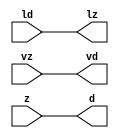
// ================================================================
// NVDLA Open Source Project
//
// Copyright(c) 2016 - 2017 NVIDIA Corporation. Licensed under the
// NVDLA Open Hardware License; Check "LICENSE" which comes with
// this distribution for more information.
// ================================================================
module UINT16_TO_FP17_mgc_in_wire_wait_v1 (ld, vd, d, lz, vz, z);
  parameter integer rscid = 1;
  parameter integer width = 8;
  input ld;
  output vd;
  output [width-1:0] d;
  output lz;
  input vz;
  input [width-1:0] z;
  wire vd;
  wire [width-1:0] d;
  wire lz;
  assign d = z;
  assign lz = ld;
  assign vd = vz;
endmodule
//------> /home/tools/calypto/catapult-10.0-264918/Mgc_home/pkgs/siflibs/UINT16_TO_FP17_mgc_out_stdreg_wait_v1.v
//------------------------------------------------------------------------------
// Catapult Synthesis - Sample I/O Port Library
//
// Copyright (c) 2003-2015 Mentor Graphics Corp.
// All Rights Reserved
//
// This document may be used and distributed without restriction provided that
// this copyright statement is not removed from the file and that any derivative
// work contains this copyright notice.
//
// The design information contained in this file is intended to be an example
// of the functionality which the end user may study in preparation for creating
// their own custom interfaces. This design does not necessarily present a
// complete implementation of the named protocol or standard.
//
//------------------------------------------------------------------------------
module UINT16_TO_FP17_mgc_out_stdreg_wait_v1 (ld, vd, d, lz, vz, z);
  parameter integer rscid = 1;
  parameter integer width = 8;
  input ld;
  output vd;
  input [width-1:0] d;
  output lz;
  input vz;
  output [width-1:0] z;
  wire vd;
  wire lz;
  wire [width-1:0] z;
  assign z = d;
  assign lz = ld;
  assign vd = vz;
endmodule
//------> /home/tools/calypto/catapult-10.0-264918/Mgc_home/pkgs/siflibs/mgc_shift_l_beh_v4.v
module UINT16_TO_FP17_mgc_shift_l_v4(a,s,z);
   parameter width_a = 4;
   parameter signd_a = 1;
   parameter width_s = 2;
   parameter width_z = 8;
   input [width_a-1:0] a;
   input [width_s-1:0] s;
   output [width_z -1:0] z;
   generate
   if (signd_a)
   begin: SIGNED
      assign z = fshl_u(a,s,a[width_a-1]);
   end
   else
   begin: UNSIGNED
      assign z = fshl_u(a,s,1'b0);
   end
   endgenerate
//Shift-left - unsigned shift argument one bit more
   function [width_z-1:0] fshl_u_1;
      input [width_a :0] arg1;
      input [width_s-1:0] arg2;
      input sbit;
      parameter olen = width_z;
      parameter ilen = width_a+1;
      parameter len = (ilen >= olen) ? ilen : olen;
      reg [len-1:0] result;
      reg [len-1:0] result_t;
      begin
        result_t = {(len){sbit}};
        result_t[ilen-1:0] = arg1;
        result = result_t <<< arg2;
        fshl_u_1 = result[olen-1:0];
      end
   endfunction // fshl_u
//Shift-left - unsigned shift argument
   function [width_z-1:0] fshl_u;
      input [width_a-1:0] arg1;
      input [width_s-1:0] arg2;
      input sbit;
      fshl_u = fshl_u_1({sbit,arg1} ,arg2, sbit);
   endfunction // fshl_u
endmodule
//------> ../td_ccore_solutions/leading_sign_16_0_584ce9c19228fa5400845cefe3e6770649bb_0/rtl.v
// ----------------------------------------------------------------------
// HLS HDL: Verilog Netlister
// HLS Version: 10.0/264918 Production Release
// HLS Date: Mon Aug 8 13:35:54 PDT 2016
//
// Generated by: ezhang@hk-sim-10-176
// Generated date: Wed Nov 23 14:25:06 2016
// ----------------------------------------------------------------------
//
// ------------------------------------------------------------------
// Design Unit: UINT16_TO_FP17_leading_sign_16_0
// ------------------------------------------------------------------
module UINT16_TO_FP17_leading_sign_16_0 (
  mantissa, rtn
);
  input [15:0] mantissa;
  output [4:0] rtn;
// Interconnect Declarations
  wire IntLeadZero_16U_leading_sign_16_0_rtn_wrs_c_6_2_sdt_2;
  wire IntLeadZero_16U_leading_sign_16_0_rtn_wrs_c_18_3_sdt_3;
  wire IntLeadZero_16U_leading_sign_16_0_rtn_wrs_c_26_2_sdt_2;
  wire IntLeadZero_16U_leading_sign_16_0_rtn_wrs_c_44_4_sdt_4;
  wire IntLeadZero_16U_leading_sign_16_0_rtn_wrs_c_6_2_sdt_1;
  wire IntLeadZero_16U_leading_sign_16_0_rtn_wrs_c_14_2_sdt_1;
  wire IntLeadZero_16U_leading_sign_16_0_rtn_wrs_c_26_2_sdt_1;
  wire IntLeadZero_16U_leading_sign_16_0_rtn_wrs_c_34_2_sdt_1;
  wire c_h_1_2;
  wire c_h_1_5;
  wire c_h_1_6;
  wire[3:0] IntLeadZero_16U_leading_sign_16_0_rtn_IntLeadZero_16U_leading_sign_16_0_rtn_and_nl;
  wire[0:0] IntLeadZero_16U_leading_sign_16_0_rtn_and_55_nl;
  wire[0:0] IntLeadZero_16U_leading_sign_16_0_rtn_and_53_nl;
  wire[0:0] IntLeadZero_16U_leading_sign_16_0_rtn_and_60_nl;
  wire[0:0] IntLeadZero_16U_leading_sign_16_0_rtn_not_nl;
// Interconnect Declarations for Component Instantiations
  assign IntLeadZero_16U_leading_sign_16_0_rtn_wrs_c_6_2_sdt_2 = ~((mantissa[13:12]!=2'b00));
  assign IntLeadZero_16U_leading_sign_16_0_rtn_wrs_c_6_2_sdt_1 = ~((mantissa[15:14]!=2'b00));
  assign IntLeadZero_16U_leading_sign_16_0_rtn_wrs_c_14_2_sdt_1 = ~((mantissa[11:10]!=2'b00));
  assign c_h_1_2 = IntLeadZero_16U_leading_sign_16_0_rtn_wrs_c_6_2_sdt_1 & IntLeadZero_16U_leading_sign_16_0_rtn_wrs_c_6_2_sdt_2;
  assign IntLeadZero_16U_leading_sign_16_0_rtn_wrs_c_18_3_sdt_3 = (mantissa[9:8]==2'b00)
      & IntLeadZero_16U_leading_sign_16_0_rtn_wrs_c_14_2_sdt_1;
  assign IntLeadZero_16U_leading_sign_16_0_rtn_wrs_c_26_2_sdt_2 = ~((mantissa[5:4]!=2'b00));
  assign IntLeadZero_16U_leading_sign_16_0_rtn_wrs_c_26_2_sdt_1 = ~((mantissa[7:6]!=2'b00));
  assign IntLeadZero_16U_leading_sign_16_0_rtn_wrs_c_34_2_sdt_1 = ~((mantissa[3:2]!=2'b00));
  assign c_h_1_5 = IntLeadZero_16U_leading_sign_16_0_rtn_wrs_c_26_2_sdt_1 & IntLeadZero_16U_leading_sign_16_0_rtn_wrs_c_26_2_sdt_2;
  assign c_h_1_6 = c_h_1_2 & IntLeadZero_16U_leading_sign_16_0_rtn_wrs_c_18_3_sdt_3;
  assign IntLeadZero_16U_leading_sign_16_0_rtn_wrs_c_44_4_sdt_4 = (mantissa[1:0]==2'b00)
      & IntLeadZero_16U_leading_sign_16_0_rtn_wrs_c_34_2_sdt_1 & c_h_1_5 & c_h_1_6;
  assign IntLeadZero_16U_leading_sign_16_0_rtn_and_55_nl = c_h_1_2 & (c_h_1_5 | (~
      IntLeadZero_16U_leading_sign_16_0_rtn_wrs_c_18_3_sdt_3));
  assign IntLeadZero_16U_leading_sign_16_0_rtn_and_53_nl = IntLeadZero_16U_leading_sign_16_0_rtn_wrs_c_6_2_sdt_1
      & (IntLeadZero_16U_leading_sign_16_0_rtn_wrs_c_14_2_sdt_1 | (~ IntLeadZero_16U_leading_sign_16_0_rtn_wrs_c_6_2_sdt_2))
      & (~((~(IntLeadZero_16U_leading_sign_16_0_rtn_wrs_c_26_2_sdt_1 & (IntLeadZero_16U_leading_sign_16_0_rtn_wrs_c_34_2_sdt_1
      | (~ IntLeadZero_16U_leading_sign_16_0_rtn_wrs_c_26_2_sdt_2)))) & c_h_1_6));
  assign IntLeadZero_16U_leading_sign_16_0_rtn_and_60_nl = (~((mantissa[15]) | (~((mantissa[14:13]!=2'b01)))))
      & (~(((mantissa[11]) | (~((mantissa[10:9]!=2'b01)))) & c_h_1_2)) & (~((~((~((mantissa[7])
      | (~((mantissa[6:5]!=2'b01))))) & (~(((mantissa[3]) | (~((mantissa[2:1]!=2'b01))))
      & c_h_1_5)))) & c_h_1_6));
  assign IntLeadZero_16U_leading_sign_16_0_rtn_not_nl = ~ IntLeadZero_16U_leading_sign_16_0_rtn_wrs_c_44_4_sdt_4;
  assign IntLeadZero_16U_leading_sign_16_0_rtn_IntLeadZero_16U_leading_sign_16_0_rtn_and_nl
      = MUX_v_4_2_2(4'b0000, ({c_h_1_6 , (IntLeadZero_16U_leading_sign_16_0_rtn_and_55_nl)
      , (IntLeadZero_16U_leading_sign_16_0_rtn_and_53_nl) , (IntLeadZero_16U_leading_sign_16_0_rtn_and_60_nl)}),
      (IntLeadZero_16U_leading_sign_16_0_rtn_not_nl));
  assign rtn = {IntLeadZero_16U_leading_sign_16_0_rtn_wrs_c_44_4_sdt_4 , (IntLeadZero_16U_leading_sign_16_0_rtn_IntLeadZero_16U_leading_sign_16_0_rtn_and_nl)};
  function [3:0] MUX_v_4_2_2;
    input [3:0] input_0;
    input [3:0] input_1;
    input [0:0] sel;
    reg [3:0] result;
  begin
    case (sel)
      1'b0 : begin
        result = input_0;
      end
      default : begin
        result = input_1;
      end
    endcase
    MUX_v_4_2_2 = result;
  end
  endfunction
endmodule
//------> ./rtl.v
// ----------------------------------------------------------------------
// HLS HDL: Verilog Netlister
// HLS Version: 10.0/264918 Production Release
// HLS Date: Mon Aug 8 13:35:54 PDT 2016
//
// Generated by: ezhang@hk-sim-11-173
// Generated date: Mon Jun 12 22:24:10 2017
// ----------------------------------------------------------------------
//
// ------------------------------------------------------------------
// Design Unit: UINT16_TO_FP17_chn_o_rsci_unreg
// ------------------------------------------------------------------
module UINT16_TO_FP17_chn_o_rsci_unreg (
  in_0, outsig
);
  input in_0;
  output outsig;
// Interconnect Declarations for Component Instantiations
  assign outsig = in_0;
endmodule
// ------------------------------------------------------------------
// Design Unit: UINT16_TO_FP17_chn_a_rsci_unreg
// ------------------------------------------------------------------
module UINT16_TO_FP17_chn_a_rsci_unreg (
  in_0, outsig
);
  input in_0;
  output outsig;
// Interconnect Declarations for Component Instantiations
  assign outsig = in_0;
endmodule
// ------------------------------------------------------------------
// Design Unit: HLS_uint16_to_fp17_core_core_fsm
// FSM Module
// ------------------------------------------------------------------
module HLS_uint16_to_fp17_core_core_fsm (
  nvdla_core_clk, nvdla_core_rstn, core_wen, fsm_output
);
  input nvdla_core_clk;
  input nvdla_core_rstn;
  input core_wen;
  output [1:0] fsm_output;
  reg [1:0] fsm_output;
// FSM State Type Declaration for HLS_uint16_to_fp17_core_core_fsm_1
  parameter
    core_rlp_C_0 = 1'd0,
    main_C_0 = 1'd1;
  reg [0:0] state_var;
  reg [0:0] state_var_NS;
// Interconnect Declarations for Component Instantiations
  always @(*)
  begin : HLS_uint16_to_fp17_core_core_fsm_1
    case (state_var)
      main_C_0 : begin
        fsm_output = 2'b10;
        state_var_NS = main_C_0;
      end
// core_rlp_C_0
      default : begin
        fsm_output = 2'b1;
        state_var_NS = main_C_0;
      end
    endcase
  end
  always @(posedge nvdla_core_clk or negedge nvdla_core_rstn) begin
    if ( ~ nvdla_core_rstn ) begin
      state_var <= core_rlp_C_0;
    end
    else if ( core_wen ) begin
      state_var <= state_var_NS;
    end
  end
endmodule
// ------------------------------------------------------------------
// Design Unit: HLS_uint16_to_fp17_core_staller
// ------------------------------------------------------------------
module HLS_uint16_to_fp17_core_staller (
  nvdla_core_clk, nvdla_core_rstn, core_wen, chn_a_rsci_wen_comp, core_wten, chn_o_rsci_wen_comp
);
  input nvdla_core_clk;
  input nvdla_core_rstn;
  output core_wen;
  input chn_a_rsci_wen_comp;
  output core_wten;
  reg core_wten;
  input chn_o_rsci_wen_comp;
// Interconnect Declarations for Component Instantiations
  assign core_wen = chn_a_rsci_wen_comp & chn_o_rsci_wen_comp;
  always @(posedge nvdla_core_clk or negedge nvdla_core_rstn) begin
    if ( ~ nvdla_core_rstn ) begin
      core_wten <= 1'b0;
    end
    else begin
      core_wten <= ~ core_wen;
    end
  end
endmodule
// ------------------------------------------------------------------
// Design Unit: HLS_uint16_to_fp17_core_chn_o_rsci_chn_o_wait_dp
// ------------------------------------------------------------------
module HLS_uint16_to_fp17_core_chn_o_rsci_chn_o_wait_dp (
  nvdla_core_clk, nvdla_core_rstn, chn_o_rsci_oswt, chn_o_rsci_bawt, chn_o_rsci_wen_comp,
      chn_o_rsci_biwt, chn_o_rsci_bdwt
);
  input nvdla_core_clk;
  input nvdla_core_rstn;
  input chn_o_rsci_oswt;
  output chn_o_rsci_bawt;
  output chn_o_rsci_wen_comp;
  input chn_o_rsci_biwt;
  input chn_o_rsci_bdwt;
// Interconnect Declarations
  reg chn_o_rsci_bcwt;
// Interconnect Declarations for Component Instantiations
  assign chn_o_rsci_bawt = chn_o_rsci_biwt | chn_o_rsci_bcwt;
  assign chn_o_rsci_wen_comp = (~ chn_o_rsci_oswt) | chn_o_rsci_bawt;
  always @(posedge nvdla_core_clk or negedge nvdla_core_rstn) begin
    if ( ~ nvdla_core_rstn ) begin
      chn_o_rsci_bcwt <= 1'b0;
    end
    else begin
      chn_o_rsci_bcwt <= ~((~(chn_o_rsci_bcwt | chn_o_rsci_biwt)) | chn_o_rsci_bdwt);
    end
  end
endmodule
// ------------------------------------------------------------------
// Design Unit: HLS_uint16_to_fp17_core_chn_o_rsci_chn_o_wait_ctrl
// ------------------------------------------------------------------
module HLS_uint16_to_fp17_core_chn_o_rsci_chn_o_wait_ctrl (
  nvdla_core_clk, nvdla_core_rstn, chn_o_rsci_oswt, core_wen, core_wten, chn_o_rsci_iswt0,
      chn_o_rsci_ld_core_psct, chn_o_rsci_biwt, chn_o_rsci_bdwt, chn_o_rsci_ld_core_sct,
      chn_o_rsci_vd
);
  input nvdla_core_clk;
  input nvdla_core_rstn;
  input chn_o_rsci_oswt;
  input core_wen;
  input core_wten;
  input chn_o_rsci_iswt0;
  input chn_o_rsci_ld_core_psct;
  output chn_o_rsci_biwt;
  output chn_o_rsci_bdwt;
  output chn_o_rsci_ld_core_sct;
  input chn_o_rsci_vd;
// Interconnect Declarations
  wire chn_o_rsci_ogwt;
  wire chn_o_rsci_pdswt0;
  reg chn_o_rsci_icwt;
// Interconnect Declarations for Component Instantiations
  assign chn_o_rsci_pdswt0 = (~ core_wten) & chn_o_rsci_iswt0;
  assign chn_o_rsci_biwt = chn_o_rsci_ogwt & chn_o_rsci_vd;
  assign chn_o_rsci_ogwt = chn_o_rsci_pdswt0 | chn_o_rsci_icwt;
  assign chn_o_rsci_bdwt = chn_o_rsci_oswt & core_wen;
  assign chn_o_rsci_ld_core_sct = chn_o_rsci_ld_core_psct & chn_o_rsci_ogwt;
  always @(posedge nvdla_core_clk or negedge nvdla_core_rstn) begin
    if ( ~ nvdla_core_rstn ) begin
      chn_o_rsci_icwt <= 1'b0;
    end
    else begin
      chn_o_rsci_icwt <= ~((~(chn_o_rsci_icwt | chn_o_rsci_pdswt0)) | chn_o_rsci_biwt);
    end
  end
endmodule
// ------------------------------------------------------------------
// Design Unit: HLS_uint16_to_fp17_core_chn_a_rsci_chn_a_wait_dp
// ------------------------------------------------------------------
module HLS_uint16_to_fp17_core_chn_a_rsci_chn_a_wait_dp (
  nvdla_core_clk, nvdla_core_rstn, chn_a_rsci_oswt, chn_a_rsci_bawt, chn_a_rsci_wen_comp,
      chn_a_rsci_d_mxwt, chn_a_rsci_biwt, chn_a_rsci_bdwt, chn_a_rsci_d
);
  input nvdla_core_clk;
  input nvdla_core_rstn;
  input chn_a_rsci_oswt;
  output chn_a_rsci_bawt;
  output chn_a_rsci_wen_comp;
  output [15:0] chn_a_rsci_d_mxwt;
  input chn_a_rsci_biwt;
  input chn_a_rsci_bdwt;
  input [15:0] chn_a_rsci_d;
// Interconnect Declarations
  reg chn_a_rsci_bcwt;
  reg [15:0] chn_a_rsci_d_bfwt;
// Interconnect Declarations for Component Instantiations
  assign chn_a_rsci_bawt = chn_a_rsci_biwt | chn_a_rsci_bcwt;
  assign chn_a_rsci_wen_comp = (~ chn_a_rsci_oswt) | chn_a_rsci_bawt;
  assign chn_a_rsci_d_mxwt = MUX_v_16_2_2(chn_a_rsci_d, chn_a_rsci_d_bfwt, chn_a_rsci_bcwt);
  always @(posedge nvdla_core_clk or negedge nvdla_core_rstn) begin
    if ( ~ nvdla_core_rstn ) begin
      chn_a_rsci_bcwt <= 1'b0;
      chn_a_rsci_d_bfwt <= 16'b0;
    end
    else begin
      chn_a_rsci_bcwt <= ~((~(chn_a_rsci_bcwt | chn_a_rsci_biwt)) | chn_a_rsci_bdwt);
      chn_a_rsci_d_bfwt <= chn_a_rsci_d_mxwt;
    end
  end
  function [15:0] MUX_v_16_2_2;
    input [15:0] input_0;
    input [15:0] input_1;
    input [0:0] sel;
    reg [15:0] result;
  begin
    case (sel)
      1'b0 : begin
        result = input_0;
      end
      default : begin
        result = input_1;
      end
    endcase
    MUX_v_16_2_2 = result;
  end
  endfunction
endmodule
// ------------------------------------------------------------------
// Design Unit: HLS_uint16_to_fp17_core_chn_a_rsci_chn_a_wait_ctrl
// ------------------------------------------------------------------
module HLS_uint16_to_fp17_core_chn_a_rsci_chn_a_wait_ctrl (
  nvdla_core_clk, nvdla_core_rstn, chn_a_rsci_oswt, core_wen, chn_a_rsci_iswt0, chn_a_rsci_ld_core_psct,
      core_wten, chn_a_rsci_biwt, chn_a_rsci_bdwt, chn_a_rsci_ld_core_sct, chn_a_rsci_vd
);
  input nvdla_core_clk;
  input nvdla_core_rstn;
  input chn_a_rsci_oswt;
  input core_wen;
  input chn_a_rsci_iswt0;
  input chn_a_rsci_ld_core_psct;
  input core_wten;
  output chn_a_rsci_biwt;
  output chn_a_rsci_bdwt;
  output chn_a_rsci_ld_core_sct;
  input chn_a_rsci_vd;
// Interconnect Declarations
  wire chn_a_rsci_ogwt;
  wire chn_a_rsci_pdswt0;
  reg chn_a_rsci_icwt;
// Interconnect Declarations for Component Instantiations
  assign chn_a_rsci_pdswt0 = (~ core_wten) & chn_a_rsci_iswt0;
  assign chn_a_rsci_biwt = chn_a_rsci_ogwt & chn_a_rsci_vd;
  assign chn_a_rsci_ogwt = chn_a_rsci_pdswt0 | chn_a_rsci_icwt;
  assign chn_a_rsci_bdwt = chn_a_rsci_oswt & core_wen;
  assign chn_a_rsci_ld_core_sct = chn_a_rsci_ld_core_psct & chn_a_rsci_ogwt;
  always @(posedge nvdla_core_clk or negedge nvdla_core_rstn) begin
    if ( ~ nvdla_core_rstn ) begin
      chn_a_rsci_icwt <= 1'b0;
    end
    else begin
      chn_a_rsci_icwt <= ~((~(chn_a_rsci_icwt | chn_a_rsci_pdswt0)) | chn_a_rsci_biwt);
    end
  end
endmodule
// ------------------------------------------------------------------
// Design Unit: HLS_uint16_to_fp17_core_chn_o_rsci
// ------------------------------------------------------------------
module HLS_uint16_to_fp17_core_chn_o_rsci (
  nvdla_core_clk, nvdla_core_rstn, chn_o_rsc_z, chn_o_rsc_vz, chn_o_rsc_lz, chn_o_rsci_oswt,
      core_wen, core_wten, chn_o_rsci_iswt0, chn_o_rsci_bawt, chn_o_rsci_wen_comp,
      chn_o_rsci_ld_core_psct, chn_o_rsci_d
);
  input nvdla_core_clk;
  input nvdla_core_rstn;
  output [16:0] chn_o_rsc_z;
  input chn_o_rsc_vz;
  output chn_o_rsc_lz;
  input chn_o_rsci_oswt;
  input core_wen;
  input core_wten;
  input chn_o_rsci_iswt0;
  output chn_o_rsci_bawt;
  output chn_o_rsci_wen_comp;
  input chn_o_rsci_ld_core_psct;
  input [16:0] chn_o_rsci_d;
// Interconnect Declarations
  wire chn_o_rsci_biwt;
  wire chn_o_rsci_bdwt;
  wire chn_o_rsci_ld_core_sct;
  wire chn_o_rsci_vd;
// Interconnect Declarations for Component Instantiations
  wire [16:0] nl_chn_o_rsci_d;
  assign nl_chn_o_rsci_d = {2'b0 , (chn_o_rsci_d[14:0])};
  UINT16_TO_FP17_mgc_out_stdreg_wait_v1 #(.rscid(32'sd2),
  .width(32'sd17)) chn_o_rsci (
      .ld(chn_o_rsci_ld_core_sct),
      .vd(chn_o_rsci_vd),
      .d(nl_chn_o_rsci_d[16:0]),
      .lz(chn_o_rsc_lz),
      .vz(chn_o_rsc_vz),
      .z(chn_o_rsc_z)
    );
  HLS_uint16_to_fp17_core_chn_o_rsci_chn_o_wait_ctrl HLS_uint16_to_fp17_core_chn_o_rsci_chn_o_wait_ctrl_inst
      (
      .nvdla_core_clk(nvdla_core_clk),
      .nvdla_core_rstn(nvdla_core_rstn),
      .chn_o_rsci_oswt(chn_o_rsci_oswt),
      .core_wen(core_wen),
      .core_wten(core_wten),
      .chn_o_rsci_iswt0(chn_o_rsci_iswt0),
      .chn_o_rsci_ld_core_psct(chn_o_rsci_ld_core_psct),
      .chn_o_rsci_biwt(chn_o_rsci_biwt),
      .chn_o_rsci_bdwt(chn_o_rsci_bdwt),
      .chn_o_rsci_ld_core_sct(chn_o_rsci_ld_core_sct),
      .chn_o_rsci_vd(chn_o_rsci_vd)
    );
  HLS_uint16_to_fp17_core_chn_o_rsci_chn_o_wait_dp HLS_uint16_to_fp17_core_chn_o_rsci_chn_o_wait_dp_inst
      (
      .nvdla_core_clk(nvdla_core_clk),
      .nvdla_core_rstn(nvdla_core_rstn),
      .chn_o_rsci_oswt(chn_o_rsci_oswt),
      .chn_o_rsci_bawt(chn_o_rsci_bawt),
      .chn_o_rsci_wen_comp(chn_o_rsci_wen_comp),
      .chn_o_rsci_biwt(chn_o_rsci_biwt),
      .chn_o_rsci_bdwt(chn_o_rsci_bdwt)
    );
endmodule
// ------------------------------------------------------------------
// Design Unit: HLS_uint16_to_fp17_core_chn_a_rsci
// ------------------------------------------------------------------
module HLS_uint16_to_fp17_core_chn_a_rsci (
  nvdla_core_clk, nvdla_core_rstn, chn_a_rsc_z, chn_a_rsc_vz, chn_a_rsc_lz, chn_a_rsci_oswt,
      core_wen, chn_a_rsci_iswt0, chn_a_rsci_bawt, chn_a_rsci_wen_comp, chn_a_rsci_ld_core_psct,
      chn_a_rsci_d_mxwt, core_wten
);
  input nvdla_core_clk;
  input nvdla_core_rstn;
  input [15:0] chn_a_rsc_z;
  input chn_a_rsc_vz;
  output chn_a_rsc_lz;
  input chn_a_rsci_oswt;
  input core_wen;
  input chn_a_rsci_iswt0;
  output chn_a_rsci_bawt;
  output chn_a_rsci_wen_comp;
  input chn_a_rsci_ld_core_psct;
  output [15:0] chn_a_rsci_d_mxwt;
  input core_wten;
// Interconnect Declarations
  wire chn_a_rsci_biwt;
  wire chn_a_rsci_bdwt;
  wire chn_a_rsci_ld_core_sct;
  wire chn_a_rsci_vd;
  wire [15:0] chn_a_rsci_d;
// Interconnect Declarations for Component Instantiations
  UINT16_TO_FP17_mgc_in_wire_wait_v1 #(.rscid(32'sd1),
  .width(32'sd16)) chn_a_rsci (
      .ld(chn_a_rsci_ld_core_sct),
      .vd(chn_a_rsci_vd),
      .d(chn_a_rsci_d),
      .lz(chn_a_rsc_lz),
      .vz(chn_a_rsc_vz),
      .z(chn_a_rsc_z)
    );
  HLS_uint16_to_fp17_core_chn_a_rsci_chn_a_wait_ctrl HLS_uint16_to_fp17_core_chn_a_rsci_chn_a_wait_ctrl_inst
      (
      .nvdla_core_clk(nvdla_core_clk),
      .nvdla_core_rstn(nvdla_core_rstn),
      .chn_a_rsci_oswt(chn_a_rsci_oswt),
      .core_wen(core_wen),
      .chn_a_rsci_iswt0(chn_a_rsci_iswt0),
      .chn_a_rsci_ld_core_psct(chn_a_rsci_ld_core_psct),
      .core_wten(core_wten),
      .chn_a_rsci_biwt(chn_a_rsci_biwt),
      .chn_a_rsci_bdwt(chn_a_rsci_bdwt),
      .chn_a_rsci_ld_core_sct(chn_a_rsci_ld_core_sct),
      .chn_a_rsci_vd(chn_a_rsci_vd)
    );
  HLS_uint16_to_fp17_core_chn_a_rsci_chn_a_wait_dp HLS_uint16_to_fp17_core_chn_a_rsci_chn_a_wait_dp_inst
      (
      .nvdla_core_clk(nvdla_core_clk),
      .nvdla_core_rstn(nvdla_core_rstn),
      .chn_a_rsci_oswt(chn_a_rsci_oswt),
      .chn_a_rsci_bawt(chn_a_rsci_bawt),
      .chn_a_rsci_wen_comp(chn_a_rsci_wen_comp),
      .chn_a_rsci_d_mxwt(chn_a_rsci_d_mxwt),
      .chn_a_rsci_biwt(chn_a_rsci_biwt),
      .chn_a_rsci_bdwt(chn_a_rsci_bdwt),
      .chn_a_rsci_d(chn_a_rsci_d)
    );
endmodule
// ------------------------------------------------------------------
// Design Unit: HLS_uint16_to_fp17_core
// ------------------------------------------------------------------
module HLS_uint16_to_fp17_core (
  nvdla_core_clk, nvdla_core_rstn, chn_a_rsc_z, chn_a_rsc_vz, chn_a_rsc_lz, chn_o_rsc_z,
      chn_o_rsc_vz, chn_o_rsc_lz, chn_a_rsci_oswt, chn_a_rsci_oswt_unreg, chn_o_rsci_oswt,
      chn_o_rsci_oswt_unreg
);
  input nvdla_core_clk;
  input nvdla_core_rstn;
  input [15:0] chn_a_rsc_z;
  input chn_a_rsc_vz;
  output chn_a_rsc_lz;
  output [16:0] chn_o_rsc_z;
  input chn_o_rsc_vz;
  output chn_o_rsc_lz;
  input chn_a_rsci_oswt;
  output chn_a_rsci_oswt_unreg;
  input chn_o_rsci_oswt;
  output chn_o_rsci_oswt_unreg;
// Interconnect Declarations
  wire core_wen;
  reg chn_a_rsci_iswt0;
  wire chn_a_rsci_bawt;
  wire chn_a_rsci_wen_comp;
  reg chn_a_rsci_ld_core_psct;
  wire [15:0] chn_a_rsci_d_mxwt;
  wire core_wten;
  wire chn_o_rsci_bawt;
  wire chn_o_rsci_wen_comp;
  reg [4:0] chn_o_rsci_d_14_10;
  reg [9:0] chn_o_rsci_d_9_0;
  wire [1:0] fsm_output;
  wire and_dcpl_2;
  wire or_dcpl_1;
  wire and_dcpl_7;
  wire and_dcpl_22;
  wire or_tmp_7;
  reg FpMantRNE_17U_11U_else_and_svs;
  wire and_4_mdf;
  wire FpMantRNE_17U_11U_else_and_svs_mx1;
  wire FpFractionToFloat_16U_6U_10U_unequal_tmp;
  wire FpMantRNE_17U_11U_else_carry_sva;
  wire [16:0] FpMantRNE_17U_11U_i_data_sva;
  reg reg_chn_o_rsci_iswt0_cse;
  reg reg_chn_o_rsci_ld_core_psct_cse;
  wire or_cse;
  wire [10:0] FpMantRNE_17U_11U_else_ac_int_cctor_sva;
  wire [11:0] nl_FpMantRNE_17U_11U_else_ac_int_cctor_sva;
  wire nand_tmp;
  wire mux_tmp;
  wire chn_a_rsci_ld_core_psct_mx0c0;
  wire FpMantRNE_17U_11U_else_and_svs_mx0w0;
  wire FpFractionToFloat_16U_6U_10U_is_zero_lpi_1_dfm_1;
  wire [4:0] libraries_leading_sign_16_0_584ce9c19228fa5400845cefe3e6770649bb_1;
  wire FpFractionToFloat_16U_6U_10U_if_else_if_acc_itm_5_1;
  wire FpFractionToFloat_16U_6U_10U_if_else_else_if_acc_itm_4_1;
  wire[0:0] nor_9_nl;
  wire[0:0] nand_8_nl;
  wire[9:0] mux_4_nl;
  wire[0:0] and_53_nl;
  wire[4:0] and_nl;
  wire[4:0] mux_3_nl;
  wire[4:0] FpFractionToFloat_16U_6U_10U_nor_1_nl;
  wire[4:0] FpFractionToFloat_16U_6U_10U_if_else_else_else_acc_nl;
  wire[5:0] nl_FpFractionToFloat_16U_6U_10U_if_else_else_else_acc_nl;
  wire[0:0] FpFractionToFloat_16U_6U_10U_if_else_else_not_2_nl;
  wire[0:0] and_52_nl;
  wire[0:0] not_41_nl;
  wire[5:0] FpFractionToFloat_16U_6U_10U_if_else_if_acc_nl;
  wire[6:0] nl_FpFractionToFloat_16U_6U_10U_if_else_if_acc_nl;
  wire[4:0] FpFractionToFloat_16U_6U_10U_if_else_else_if_acc_nl;
  wire[5:0] nl_FpFractionToFloat_16U_6U_10U_if_else_else_if_acc_nl;
  wire[0:0] FpFractionToFloat_16U_6U_10U_if_else_mux_1_nl;
// Interconnect Declarations for Component Instantiations
  wire [6:0] nl_FpFractionToFloat_16U_6U_10U_if_shifted_frac_p1_lshift_rg_s;
  assign nl_FpFractionToFloat_16U_6U_10U_if_shifted_frac_p1_lshift_rg_s = conv_u2u_5_6(libraries_leading_sign_16_0_584ce9c19228fa5400845cefe3e6770649bb_1)
      + 6'b1;
  wire [16:0] nl_HLS_uint16_to_fp17_core_chn_o_rsci_inst_chn_o_rsci_d;
  assign nl_HLS_uint16_to_fp17_core_chn_o_rsci_inst_chn_o_rsci_d = {2'b0 , chn_o_rsci_d_14_10
      , chn_o_rsci_d_9_0};
  UINT16_TO_FP17_mgc_shift_l_v4 #(.width_a(32'sd16),
  .signd_a(32'sd0),
  .width_s(32'sd6),
  .width_z(32'sd17)) FpFractionToFloat_16U_6U_10U_if_shifted_frac_p1_lshift_rg (
      .a(chn_a_rsci_d_mxwt),
      .s(nl_FpFractionToFloat_16U_6U_10U_if_shifted_frac_p1_lshift_rg_s[5:0]),
      .z(FpMantRNE_17U_11U_i_data_sva)
    );
  UINT16_TO_FP17_leading_sign_16_0 leading_sign_16_0_rg (
      .mantissa(chn_a_rsci_d_mxwt),
      .rtn(libraries_leading_sign_16_0_584ce9c19228fa5400845cefe3e6770649bb_1)
    );
  HLS_uint16_to_fp17_core_chn_a_rsci HLS_uint16_to_fp17_core_chn_a_rsci_inst (
      .nvdla_core_clk(nvdla_core_clk),
      .nvdla_core_rstn(nvdla_core_rstn),
      .chn_a_rsc_z(chn_a_rsc_z),
      .chn_a_rsc_vz(chn_a_rsc_vz),
      .chn_a_rsc_lz(chn_a_rsc_lz),
      .chn_a_rsci_oswt(chn_a_rsci_oswt),
      .core_wen(core_wen),
      .chn_a_rsci_iswt0(chn_a_rsci_iswt0),
      .chn_a_rsci_bawt(chn_a_rsci_bawt),
      .chn_a_rsci_wen_comp(chn_a_rsci_wen_comp),
      .chn_a_rsci_ld_core_psct(chn_a_rsci_ld_core_psct),
      .chn_a_rsci_d_mxwt(chn_a_rsci_d_mxwt),
      .core_wten(core_wten)
    );
  HLS_uint16_to_fp17_core_chn_o_rsci HLS_uint16_to_fp17_core_chn_o_rsci_inst (
      .nvdla_core_clk(nvdla_core_clk),
      .nvdla_core_rstn(nvdla_core_rstn),
      .chn_o_rsc_z(chn_o_rsc_z),
      .chn_o_rsc_vz(chn_o_rsc_vz),
      .chn_o_rsc_lz(chn_o_rsc_lz),
      .chn_o_rsci_oswt(chn_o_rsci_oswt),
      .core_wen(core_wen),
      .core_wten(core_wten),
      .chn_o_rsci_iswt0(reg_chn_o_rsci_iswt0_cse),
      .chn_o_rsci_bawt(chn_o_rsci_bawt),
      .chn_o_rsci_wen_comp(chn_o_rsci_wen_comp),
      .chn_o_rsci_ld_core_psct(reg_chn_o_rsci_ld_core_psct_cse),
      .chn_o_rsci_d(nl_HLS_uint16_to_fp17_core_chn_o_rsci_inst_chn_o_rsci_d[16:0])
    );
  HLS_uint16_to_fp17_core_staller HLS_uint16_to_fp17_core_staller_inst (
      .nvdla_core_clk(nvdla_core_clk),
      .nvdla_core_rstn(nvdla_core_rstn),
      .core_wen(core_wen),
      .chn_a_rsci_wen_comp(chn_a_rsci_wen_comp),
      .core_wten(core_wten),
      .chn_o_rsci_wen_comp(chn_o_rsci_wen_comp)
    );
  HLS_uint16_to_fp17_core_core_fsm HLS_uint16_to_fp17_core_core_fsm_inst (
      .nvdla_core_clk(nvdla_core_clk),
      .nvdla_core_rstn(nvdla_core_rstn),
      .core_wen(core_wen),
      .fsm_output(fsm_output)
    );
  assign nor_9_nl = ~(FpFractionToFloat_16U_6U_10U_if_else_if_acc_itm_5_1 | (~ FpMantRNE_17U_11U_else_and_svs_mx1));
  assign nand_8_nl = ~(FpFractionToFloat_16U_6U_10U_if_else_if_acc_itm_5_1 & FpMantRNE_17U_11U_else_and_svs_mx1);
  assign mux_tmp = MUX_s_1_2_2((nand_8_nl), (nor_9_nl), FpFractionToFloat_16U_6U_10U_if_else_else_if_acc_itm_4_1);
  assign nand_tmp = ~((~(FpMantRNE_17U_11U_else_and_svs_mx1 & (~ FpFractionToFloat_16U_6U_10U_if_else_if_acc_itm_5_1)))
      & FpFractionToFloat_16U_6U_10U_unequal_tmp);
  assign FpMantRNE_17U_11U_else_and_svs_mx0w0 = FpMantRNE_17U_11U_else_carry_sva
      & (FpMantRNE_17U_11U_i_data_sva[16:6]==11'b11111111111);
  assign FpMantRNE_17U_11U_else_and_svs_mx1 = MUX_s_1_2_2(FpMantRNE_17U_11U_else_and_svs_mx0w0,
      FpMantRNE_17U_11U_else_and_svs, and_dcpl_22);
  assign nl_FpFractionToFloat_16U_6U_10U_if_else_if_acc_nl = ({1'b1 , libraries_leading_sign_16_0_584ce9c19228fa5400845cefe3e6770649bb_1})
      + 6'b1;
  assign FpFractionToFloat_16U_6U_10U_if_else_if_acc_nl = nl_FpFractionToFloat_16U_6U_10U_if_else_if_acc_nl[5:0];
  assign FpFractionToFloat_16U_6U_10U_if_else_if_acc_itm_5_1 = readslicef_6_1_5((FpFractionToFloat_16U_6U_10U_if_else_if_acc_nl));
  assign nl_FpFractionToFloat_16U_6U_10U_if_else_else_if_acc_nl = ({1'b1 , (libraries_leading_sign_16_0_584ce9c19228fa5400845cefe3e6770649bb_1[4:1])})
      + 5'b1;
  assign FpFractionToFloat_16U_6U_10U_if_else_else_if_acc_nl = nl_FpFractionToFloat_16U_6U_10U_if_else_else_if_acc_nl[4:0];
  assign FpFractionToFloat_16U_6U_10U_if_else_else_if_acc_itm_4_1 = readslicef_5_1_4((FpFractionToFloat_16U_6U_10U_if_else_else_if_acc_nl));
  assign nl_FpMantRNE_17U_11U_else_ac_int_cctor_sva = (FpMantRNE_17U_11U_i_data_sva[16:6])
      + conv_u2u_1_11(FpMantRNE_17U_11U_else_carry_sva);
  assign FpMantRNE_17U_11U_else_ac_int_cctor_sva = nl_FpMantRNE_17U_11U_else_ac_int_cctor_sva[10:0];
  assign FpMantRNE_17U_11U_else_carry_sva = (FpMantRNE_17U_11U_i_data_sva[5]) & ((FpMantRNE_17U_11U_i_data_sva[0])
      | (FpMantRNE_17U_11U_i_data_sva[1]) | (FpMantRNE_17U_11U_i_data_sva[2]) | (FpMantRNE_17U_11U_i_data_sva[3])
      | (FpMantRNE_17U_11U_i_data_sva[4]) | (FpMantRNE_17U_11U_i_data_sva[6]));
  assign FpFractionToFloat_16U_6U_10U_unequal_tmp = (chn_a_rsci_d_mxwt!=16'b0000000000000000);
  assign FpFractionToFloat_16U_6U_10U_if_else_mux_1_nl = MUX_s_1_2_2(FpFractionToFloat_16U_6U_10U_if_else_else_if_acc_itm_4_1,
      FpFractionToFloat_16U_6U_10U_if_else_if_acc_itm_5_1, FpMantRNE_17U_11U_else_and_svs_mx1);
  assign FpFractionToFloat_16U_6U_10U_is_zero_lpi_1_dfm_1 = ~((FpFractionToFloat_16U_6U_10U_if_else_mux_1_nl)
      & FpFractionToFloat_16U_6U_10U_unequal_tmp);
  assign or_cse = chn_o_rsci_bawt | (~ reg_chn_o_rsci_ld_core_psct_cse);
  assign and_4_mdf = chn_a_rsci_bawt & or_cse;
  assign and_dcpl_2 = chn_o_rsci_bawt & reg_chn_o_rsci_ld_core_psct_cse;
  assign or_dcpl_1 = ~((~((~ chn_o_rsci_bawt) & reg_chn_o_rsci_ld_core_psct_cse))
      & chn_a_rsci_bawt);
  assign and_dcpl_7 = and_dcpl_2 & (~ chn_a_rsci_bawt);
  assign and_dcpl_22 = (chn_a_rsci_d_mxwt==16'b0000000000000000);
  assign or_tmp_7 = or_cse & chn_a_rsci_bawt & (fsm_output[1]);
  assign chn_a_rsci_ld_core_psct_mx0c0 = and_4_mdf | (fsm_output[0]);
  assign chn_a_rsci_oswt_unreg = or_tmp_7;
  assign chn_o_rsci_oswt_unreg = and_dcpl_2;
  always @(posedge nvdla_core_clk or negedge nvdla_core_rstn) begin
    if ( ~ nvdla_core_rstn ) begin
      chn_a_rsci_iswt0 <= 1'b0;
      reg_chn_o_rsci_iswt0_cse <= 1'b0;
    end
    else if ( core_wen ) begin
      chn_a_rsci_iswt0 <= ~((~ and_4_mdf) & (fsm_output[1]));
      reg_chn_o_rsci_iswt0_cse <= or_tmp_7;
    end
  end
  always @(posedge nvdla_core_clk or negedge nvdla_core_rstn) begin
    if ( ~ nvdla_core_rstn ) begin
      chn_a_rsci_ld_core_psct <= 1'b0;
    end
    else if ( core_wen & chn_a_rsci_ld_core_psct_mx0c0 ) begin
      chn_a_rsci_ld_core_psct <= chn_a_rsci_ld_core_psct_mx0c0;
    end
  end
  always @(posedge nvdla_core_clk or negedge nvdla_core_rstn) begin
    if ( ~ nvdla_core_rstn ) begin
      chn_o_rsci_d_9_0 <= 10'b0;
    end
    else if ( core_wen & (~(or_dcpl_1 | ((~(chn_o_rsci_bawt & reg_chn_o_rsci_ld_core_psct_cse
        & chn_a_rsci_bawt)) & (fsm_output[0])))) ) begin
      chn_o_rsci_d_9_0 <= (mux_4_nl) & (signext_10_1(~ mux_tmp)) & ({{9{FpFractionToFloat_16U_6U_10U_unequal_tmp}},
          FpFractionToFloat_16U_6U_10U_unequal_tmp}) & (signext_10_1(~ FpFractionToFloat_16U_6U_10U_is_zero_lpi_1_dfm_1));
    end
  end
  always @(posedge nvdla_core_clk or negedge nvdla_core_rstn) begin
    if ( ~ nvdla_core_rstn ) begin
      chn_o_rsci_d_14_10 <= 5'b0;
    end
    else if ( core_wen & (~(or_dcpl_1 | (fsm_output[0]))) ) begin
      chn_o_rsci_d_14_10 <= ~(MUX_v_5_2_2((and_nl), 5'b11111, FpFractionToFloat_16U_6U_10U_is_zero_lpi_1_dfm_1));
    end
  end
  always @(posedge nvdla_core_clk or negedge nvdla_core_rstn) begin
    if ( ~ nvdla_core_rstn ) begin
      reg_chn_o_rsci_ld_core_psct_cse <= 1'b0;
    end
    else if ( core_wen & (or_tmp_7 | and_dcpl_7) ) begin
      reg_chn_o_rsci_ld_core_psct_cse <= ~ and_dcpl_7;
    end
  end
  always @(posedge nvdla_core_clk or negedge nvdla_core_rstn) begin
    if ( ~ nvdla_core_rstn ) begin
      FpMantRNE_17U_11U_else_and_svs <= 1'b0;
    end
    else if ( core_wen & (~(and_dcpl_22 | or_dcpl_1 | (fsm_output[0]))) ) begin
      FpMantRNE_17U_11U_else_and_svs <= FpMantRNE_17U_11U_else_and_svs_mx0w0;
    end
  end
  assign and_53_nl = FpMantRNE_17U_11U_else_and_svs_mx1 & (~ mux_tmp);
  assign mux_4_nl = MUX_v_10_2_2((FpMantRNE_17U_11U_else_ac_int_cctor_sva[9:0]),
      (FpMantRNE_17U_11U_else_ac_int_cctor_sva[10:1]), and_53_nl);
  assign nl_FpFractionToFloat_16U_6U_10U_if_else_else_else_acc_nl = (~ libraries_leading_sign_16_0_584ce9c19228fa5400845cefe3e6770649bb_1)
      + 5'b11111;
  assign FpFractionToFloat_16U_6U_10U_if_else_else_else_acc_nl = nl_FpFractionToFloat_16U_6U_10U_if_else_else_else_acc_nl[4:0];
  assign FpFractionToFloat_16U_6U_10U_if_else_else_not_2_nl = ~ FpFractionToFloat_16U_6U_10U_if_else_else_if_acc_itm_4_1;
  assign FpFractionToFloat_16U_6U_10U_nor_1_nl = ~(MUX_v_5_2_2((FpFractionToFloat_16U_6U_10U_if_else_else_else_acc_nl),
      5'b11111, (FpFractionToFloat_16U_6U_10U_if_else_else_not_2_nl)));
  assign and_52_nl = FpMantRNE_17U_11U_else_and_svs_mx1 & (~ nand_tmp);
  assign mux_3_nl = MUX_v_5_2_2((FpFractionToFloat_16U_6U_10U_nor_1_nl), libraries_leading_sign_16_0_584ce9c19228fa5400845cefe3e6770649bb_1,
      and_52_nl);
  assign not_41_nl = ~ nand_tmp;
  assign and_nl = MUX_v_5_2_2(5'b00000, (mux_3_nl), (not_41_nl));
  function [0:0] MUX_s_1_2_2;
    input [0:0] input_0;
    input [0:0] input_1;
    input [0:0] sel;
    reg [0:0] result;
  begin
    case (sel)
      1'b0 : begin
        result = input_0;
      end
      default : begin
        result = input_1;
      end
    endcase
    MUX_s_1_2_2 = result;
  end
  endfunction
  function [9:0] MUX_v_10_2_2;
    input [9:0] input_0;
    input [9:0] input_1;
    input [0:0] sel;
    reg [9:0] result;
  begin
    case (sel)
      1'b0 : begin
        result = input_0;
      end
      default : begin
        result = input_1;
      end
    endcase
    MUX_v_10_2_2 = result;
  end
  endfunction
  function [4:0] MUX_v_5_2_2;
    input [4:0] input_0;
    input [4:0] input_1;
    input [0:0] sel;
    reg [4:0] result;
  begin
    case (sel)
      1'b0 : begin
        result = input_0;
      end
      default : begin
        result = input_1;
      end
    endcase
    MUX_v_5_2_2 = result;
  end
  endfunction
  function [0:0] readslicef_5_1_4;
    input [4:0] vector;
    reg [4:0] tmp;
  begin
    tmp = vector >> 4;
    readslicef_5_1_4 = tmp[0:0];
  end
  endfunction
  function [0:0] readslicef_6_1_5;
    input [5:0] vector;
    reg [5:0] tmp;
  begin
    tmp = vector >> 5;
    readslicef_6_1_5 = tmp[0:0];
  end
  endfunction
  function [9:0] signext_10_1;
    input [0:0] vector;
  begin
    signext_10_1= {{9{vector[0]}}, vector};
  end
  endfunction
  function [10:0] conv_u2u_1_11 ;
    input [0:0] vector ;
  begin
    conv_u2u_1_11 = {{10{1'b0}}, vector};
  end
  endfunction
  function [5:0] conv_u2u_5_6 ;
    input [4:0] vector ;
  begin
    conv_u2u_5_6 = {1'b0, vector};
  end
  endfunction
endmodule
// ------------------------------------------------------------------
// Design Unit: HLS_uint16_to_fp17
// ------------------------------------------------------------------
module HLS_uint16_to_fp17 (
  nvdla_core_clk, nvdla_core_rstn, chn_a_rsc_z, chn_a_rsc_vz, chn_a_rsc_lz, chn_o_rsc_z,
      chn_o_rsc_vz, chn_o_rsc_lz
);
  input nvdla_core_clk;
  input nvdla_core_rstn;
  input [15:0] chn_a_rsc_z;
  input chn_a_rsc_vz;
  output chn_a_rsc_lz;
  output [16:0] chn_o_rsc_z;
  input chn_o_rsc_vz;
  output chn_o_rsc_lz;
// Interconnect Declarations
  wire chn_a_rsci_oswt;
  wire chn_a_rsci_oswt_unreg;
  wire chn_o_rsci_oswt;
  wire chn_o_rsci_oswt_unreg;
// Interconnect Declarations for Component Instantiations
  UINT16_TO_FP17_chn_a_rsci_unreg chn_a_rsci_unreg_inst (
      .in_0(chn_a_rsci_oswt_unreg),
      .outsig(chn_a_rsci_oswt)
    );
  UINT16_TO_FP17_chn_o_rsci_unreg chn_o_rsci_unreg_inst (
      .in_0(chn_o_rsci_oswt_unreg),
      .outsig(chn_o_rsci_oswt)
    );
  HLS_uint16_to_fp17_core HLS_uint16_to_fp17_core_inst (
      .nvdla_core_clk(nvdla_core_clk),
      .nvdla_core_rstn(nvdla_core_rstn),
      .chn_a_rsc_z(chn_a_rsc_z),
      .chn_a_rsc_vz(chn_a_rsc_vz),
      .chn_a_rsc_lz(chn_a_rsc_lz),
      .chn_o_rsc_z(chn_o_rsc_z),
      .chn_o_rsc_vz(chn_o_rsc_vz),
      .chn_o_rsc_lz(chn_o_rsc_lz),
      .chn_a_rsci_oswt(chn_a_rsci_oswt),
      .chn_a_rsci_oswt_unreg(chn_a_rsci_oswt_unreg),
      .chn_o_rsci_oswt(chn_o_rsci_oswt),
      .chn_o_rsci_oswt_unreg(chn_o_rsci_oswt_unreg)
    );
endmodule